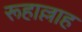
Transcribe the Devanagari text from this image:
रूहाल्लाह